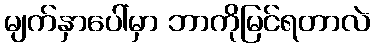
မျက်နှာပေါ်မှာ ဘာကိုမြင်ရတာလဲ